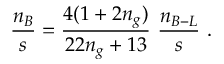
\frac { n _ { B } } { s } = \frac { 4 ( 1 + 2 n _ { g } ) } { 2 2 n _ { g } + 1 3 } ~ \frac { n _ { B - L } } { s } ~ .